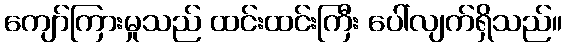
ကျော်ကြားမှုသည် ထင်းထင်းကြီး ပေါ်လျက်ရှိသည်။